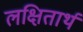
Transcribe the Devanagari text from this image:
लक्षितार्थ